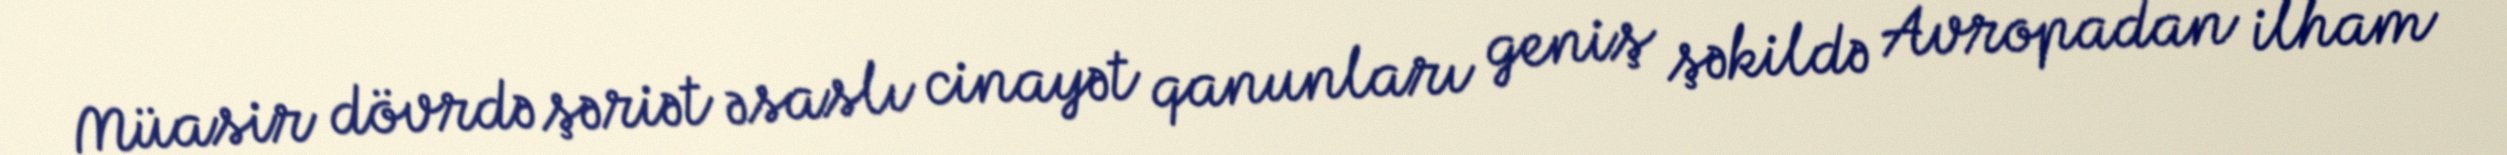
Müasir dövrdə şəriət əsaslı cinayət qanunları geniş şəkildə Avropadan ilham